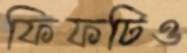
ফিফটিও